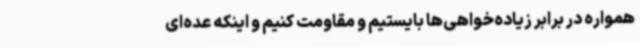
همواره در برابر زیاده‌خواهی‌ها بایستیم و مقاومت کنیم و اینکه عده‌ای